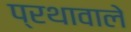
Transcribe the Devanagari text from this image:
प्रथावाले